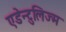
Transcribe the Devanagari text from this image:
एडेन्टुलिज्म